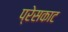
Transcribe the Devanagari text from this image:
प्रेसकाट